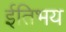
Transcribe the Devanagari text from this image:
ईतिभय